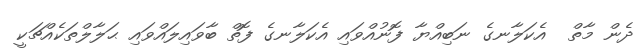
ދެން މާތް  އެކަލާނގެ ނަބިއްޔާ ފޮނުއްވައި އެކަލާނގެ ފޮތް ބާވައިލައްވައި ޙަލާލްތަކެއްޗަކީ